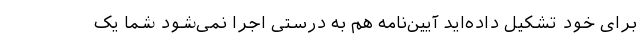
برای خود تشکیل داده‌اید آیین‌نامه هم به درستی اجرا نمی‌شود شما یک